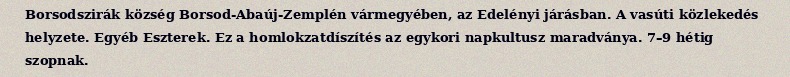
Borsodszirák község Borsod-Abaúj-Zemplén vármegyében, az Edelényi járásban. A vasúti közlekedés helyzete. Egyéb Eszterek. Ez a homlokzatdíszítés az egykori napkultusz maradványa. 7–9 hétig szopnak.